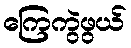
ကြေကွဲဖွယ်